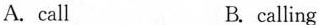
A.call B.calling